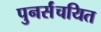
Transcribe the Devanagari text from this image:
पुनर्संचयित